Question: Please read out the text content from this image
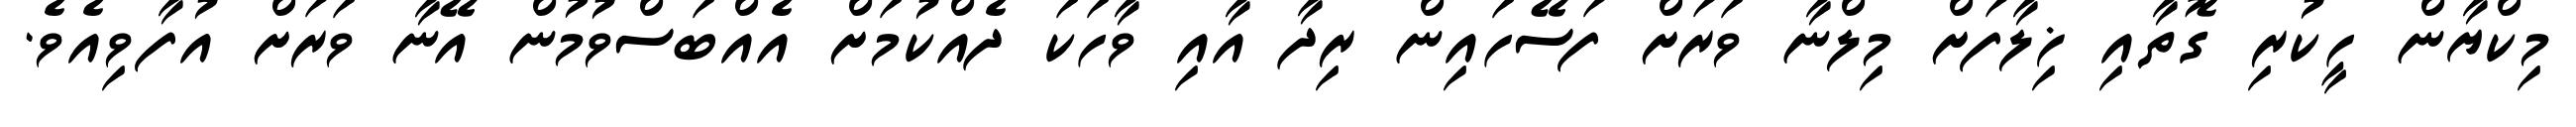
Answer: މިކްޔާން ހީކުރި ގޮތާއި ޚިލާފަށް މިލްނާ ވަރަށް ފަސޭހައިން ރިދާ އާއި ވާހަކަ ދެއްކުމަށް އެއްބަސްވުމުން އޭނާ ވަރަށް އުފާވިއެވެ.